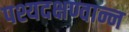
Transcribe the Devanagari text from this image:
पश्यदक्षण्वान्न